Report of an investigation of the epidemic of malarial fever in Assam, or, kala-azar
Disease focus: Malaria
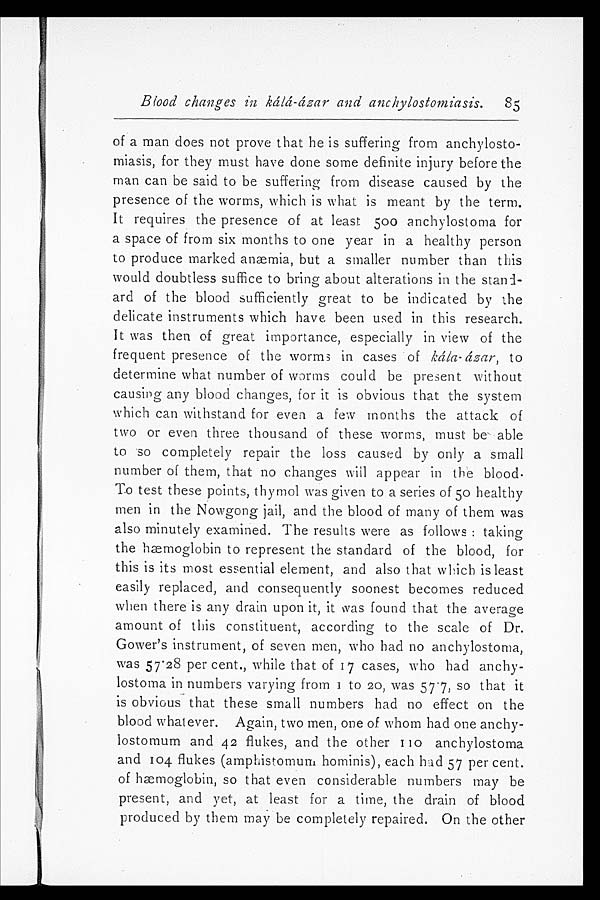
Blood changes in kálá-ázar and anchylostomiasis. 85
of a man does not prove that he is suffering from anchylosto-
miasis, for they must have done some definite injury before the
man can be said to be suffering from disease caused by the
presence of the worms, which is what is meant by the term.
It requires the presence of at least 500 anchylostoma for
a space of from six months to one year in a healthy person
to produce marked anæmia, but a smaller number than this
would doubtless suffice to bring about alterations in the stand-
ard of the blood sufficiently great to be indicated by the
delicate instruments which have been used in this research.
It was then of great importance, especially in view of the
frequent presence of the worms in cases of kála-ázar, to
determine what number of worms could be present without
causing any blood changes, for it is obvious that the system
which can withstand for even a few months the attack of
two or even three thousand of these worms, must be able
to so completely repair the loss caused by only a small
number of them, that no changes will appear in the blood.
To test these points, thymol was given to a series of 50 healthy
men in the Nowgong jail, and the blood of many of them was
also minutely examined. The results were as follows: taking
the hæmoglobin to represent the standard of the blood, for
this is its most essential element, and also that which is least
easily replaced, and consequently soonest becomes reduced
when there is any drain upon it, it was found that the average
amount of this constituent, according to the scale of Dr.
Gower's instrument, of seven men, who had no anchylostoma,
was 57.28 per cent., while that of 17 cases, who had anchy-
lostoma in numbers varying from 1 to 20, was 57.7, so that it
is obvious that these small numbers had no effect on the
blood what ever. Again, two men, one of whom had one anchy-
lostomum and 42 flukes, and the other 110 anchylostoma
and 104 flukes (amphistomum hominis), each had 57 per cent.
of hæmoglobin, so that even considerable numbers may be
present, and yet, at least for a time, the drain of blood
produced by them may be completely repaired. On the other